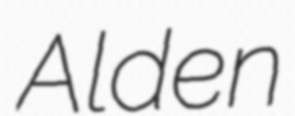
Alden